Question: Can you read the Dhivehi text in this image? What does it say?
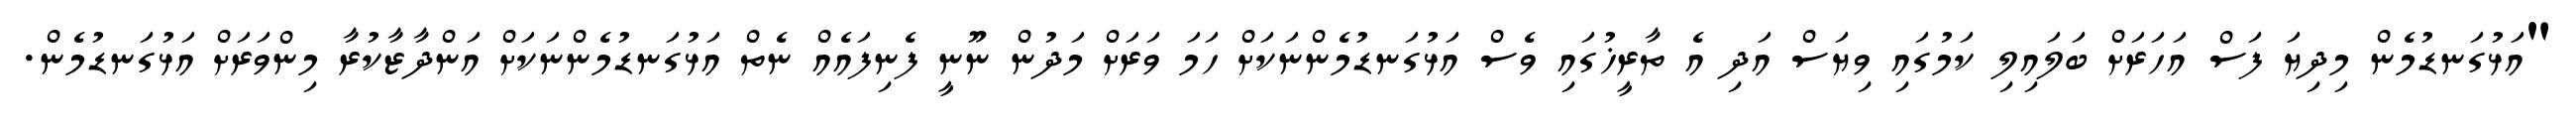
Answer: "އަޅުގަނޑުމެން މިދިޔަ ފަސް އަހަރަށް ބަލައިލި ކަމުގައި ވިޔަސް އަދި އެ ތާރީޚުގައި ވެސް އަޅުގަނޑުމެންނަކަށް ހަމަ ވަރަށް މަދުން ނޫނީ ފެނިފައެއް ނެތް އަޅުގަނޑުމެންނަކަށް އަންދާޒާކުރާ މިންވަރަށް އަޅުގަނޑުމެން.